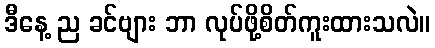
ဒီနေ့ ည ခင်ဗျား ဘာ လုပ်ဖို့စိတ်ကူးထားသလဲ။